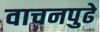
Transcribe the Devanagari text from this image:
वाचनपुढे